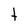
Character: t